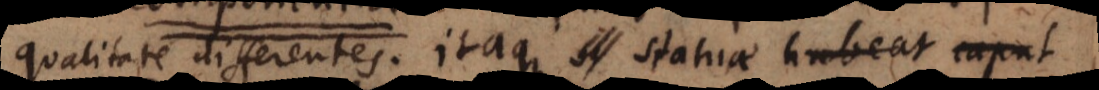
qualitate differentes. Itaque si statua habeat caput